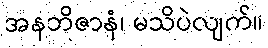
အနဘိဇာနံ၊ မသိပဲလျက်။